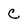
Character: C